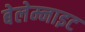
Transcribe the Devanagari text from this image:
बेलेम्नाइट